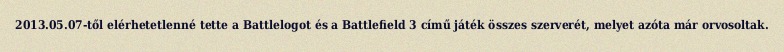
2013.05.07-től elérhetetlenné tette a Battlelogot és a Battlefield 3 című játék összes szerverét, melyet azóta már orvosoltak.